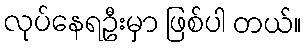
လုပ်နေရဦးမှာ ဖြစ်ပါ တယ်။